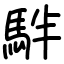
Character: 𩢔